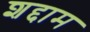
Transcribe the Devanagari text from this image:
शद्दाम